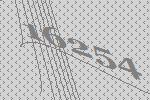
16254